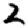
Digit: 2